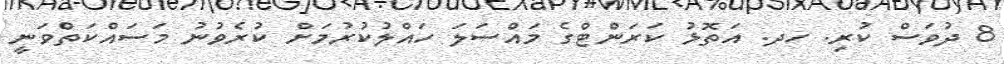
8 ދުވަސް ކުރި. ހދ. އަތޮޅު ކަރަންޓްގެ މައްސަލަ ހައްލުކުރުމަށް ކުރެވުނު މަސައްކަތްވަނީ